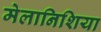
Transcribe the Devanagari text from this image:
मेलानिशिया